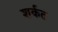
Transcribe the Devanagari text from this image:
शर्कत